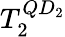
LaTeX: T_{2}^{QD_{2}}